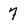
Character: 7